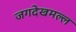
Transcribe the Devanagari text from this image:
जगदेखमल्ल